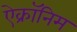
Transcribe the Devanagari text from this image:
ऐक्रॉनिम